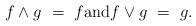
LaTeX: \begin{align*}f \wedge g \ = \ f \mbox{and} f \vee g \ = \ g.\end{align*}